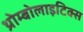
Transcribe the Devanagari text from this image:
थ्रोम्बोलाइटिक्स